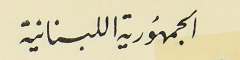
الجمهورية اللبنانية